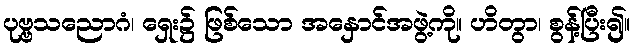
ပုဗ္ဗသညောဂံ၊ ရှေး၌ ဖြစ်သော အနှောင်အဖွဲ့ကို။ ဟိတွာ၊ စွန့်ပြီး၍။